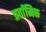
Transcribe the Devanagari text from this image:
प्रर्तामिक